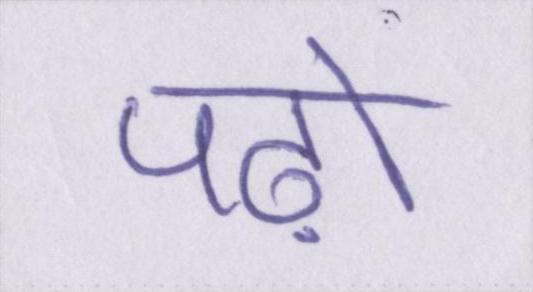
पढ़ो